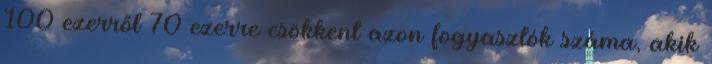
100 ezerről 70 ezerre csökkent azon fogyasztók száma, akik